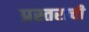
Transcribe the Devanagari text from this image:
प्रस्तराची